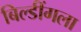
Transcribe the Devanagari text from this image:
बिल्डींगला